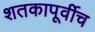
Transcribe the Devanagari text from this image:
शतकापूर्वीच